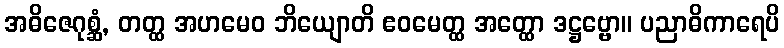
အဓိဇေဂုစ္ဆံ, တတ္ထ အဟမေဝ ဘိယျောတိ ဧဝမေတ္ထ အတ္ထော ဒဋ္ဌဗ္ဗော။ ပညာဓိကာရေပိ